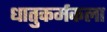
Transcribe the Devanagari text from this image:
धातुकर्मकला